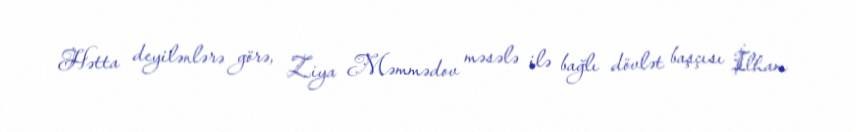
Hətta deyilənlərə görə, Ziya Məmmədov məsələ ilə bağlı dövlət başçısı İlham